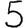
Digit: 5